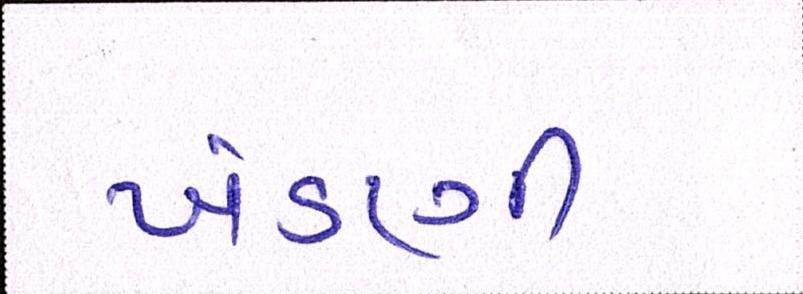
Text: ખંડણી